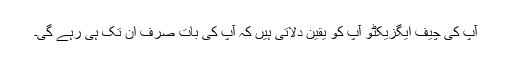
آپ کی چیف ایگزیکٹو آپ کو یقین دلاتی ہیں کہ آپ کی بات صرف ان تک ہی رہے گی۔